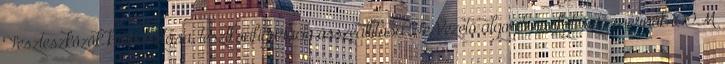
Teszteszközök kiválasztása, tesztkonfiguráció összeállítása Te Vezető algoritmusfejlesztő mérnök iCOM